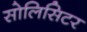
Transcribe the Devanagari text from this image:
सोलिसिटर